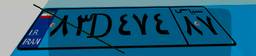
۸۳D۴۷۴۸۷